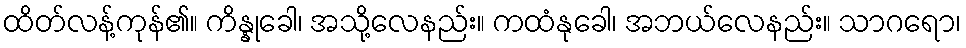
ထိတ်လန့်ကုန်၏။ ကိန္နုခေါ၊ အသို့လေနည်း။ ကထံနုခေါ၊ အဘယ်လေနည်း။ သာဂရော၊